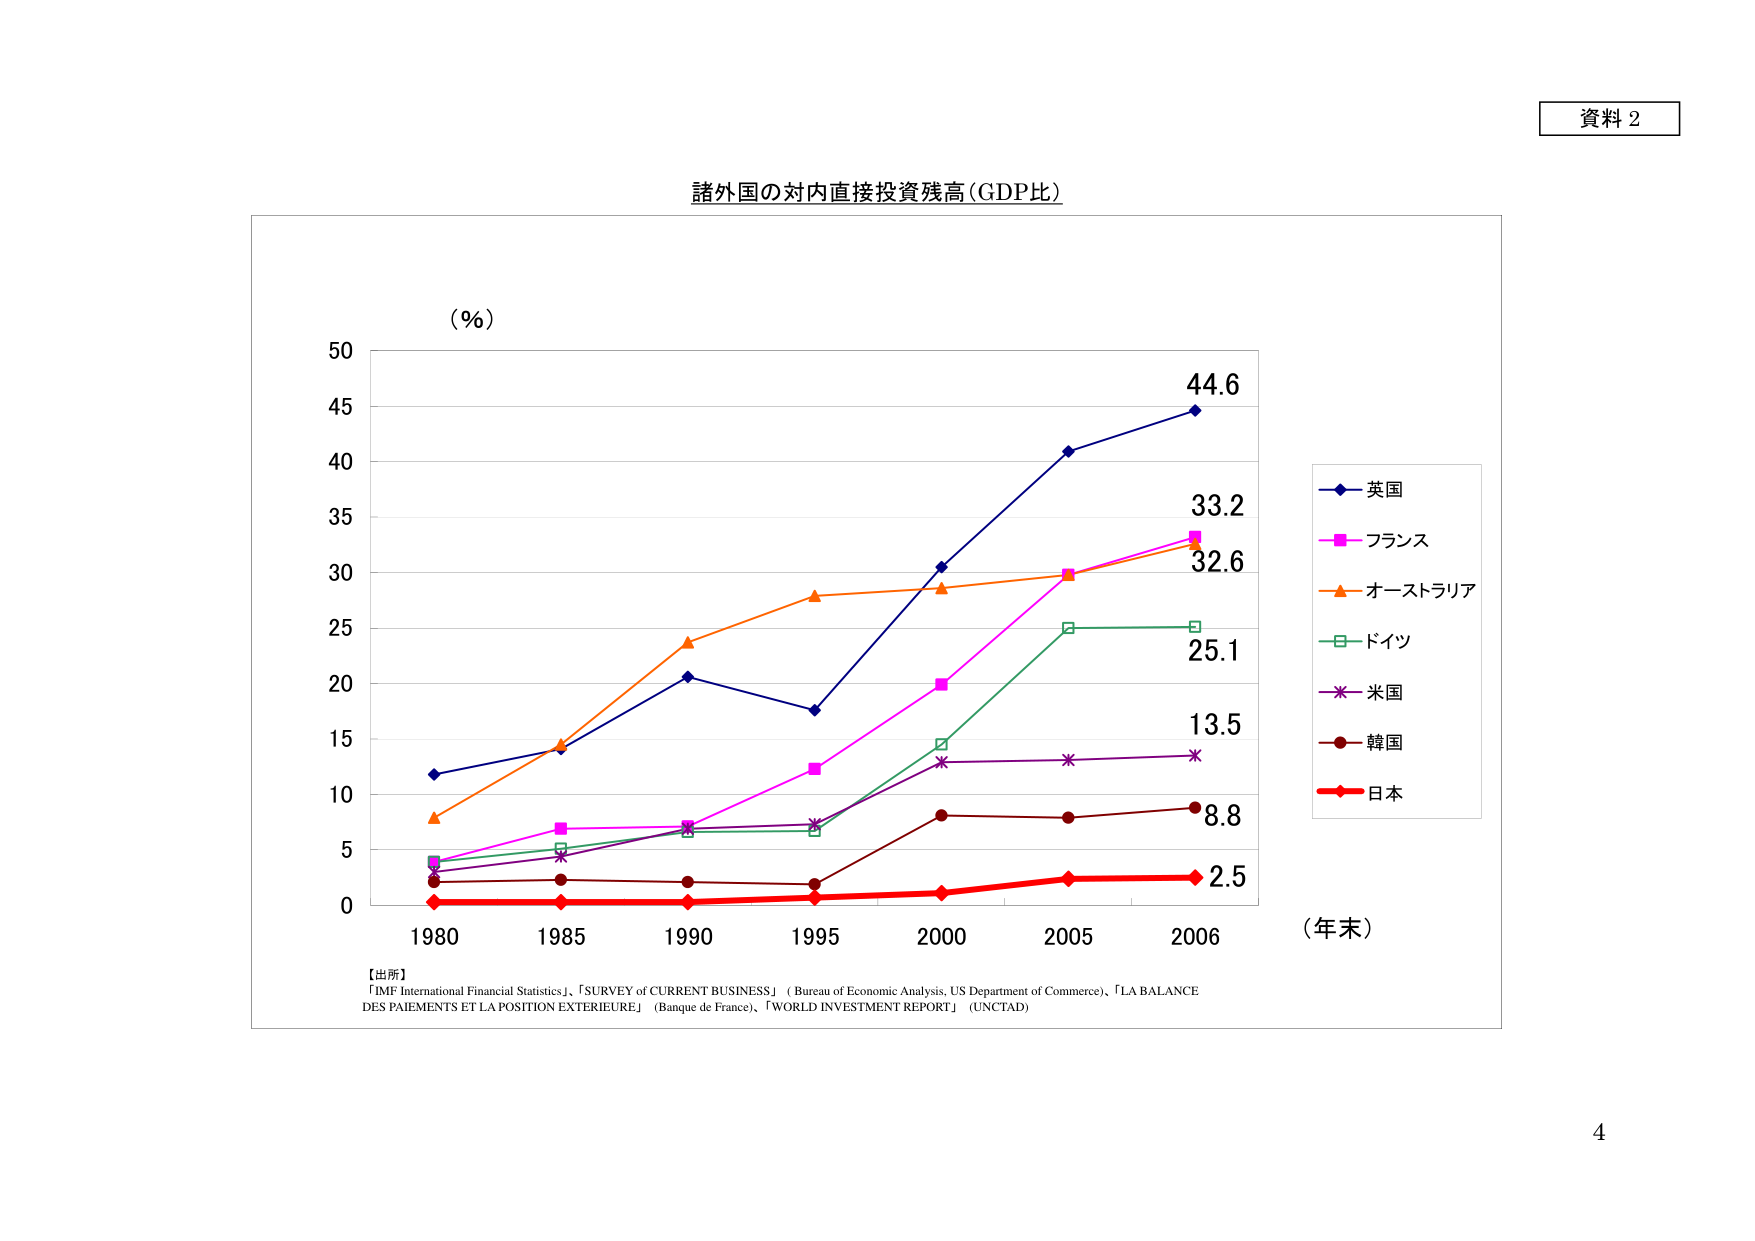
資料 2

諸外国の対内直接投資残高（GDP比）

（％）
50
45
40
35
44.6
33.2
32.6
30
25
25.1
20
15
13.5
10
5
0
1980 1985 1990 1995 2000 2005 2006 （年末）

【出所】
「IMF International Financial Statistics」、「SURVEY of CURRENT BUSINESS」（Bureau of Economic Analysis, US Department of Commerce）、「LA BALANCE DES PAIEMENTS ET LA POSITION EXTERIEURE」（Banque de France）、「WORLD INVESTMENT REPORT」（UNCTAD）

－◆－英国
－■－フランス
－▲－オーストラリア
－□－ドイツ
－＊－米国
－●－韓国
－◆－日本

4